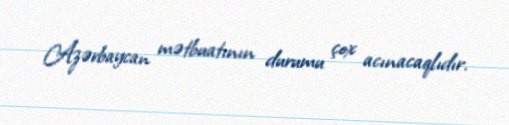
Azərbaycan mətbuatının durumu çox acınacaqlıdır.